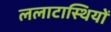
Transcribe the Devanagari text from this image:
ललाटास्थियों